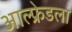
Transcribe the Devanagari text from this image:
आल्फ्रेडला